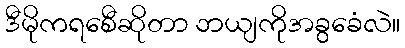
ဒီမိုကရစေီဆိုတာ ဘယျကိုအခွခေံလဲ။